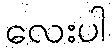
လေးပါ